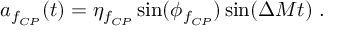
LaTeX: a _ { f _ { C P } } ( t ) = \eta _ { f _ { C P } } \sin ( \phi _ { f _ { C P } } ) \sin ( \Delta M t ) ~ .